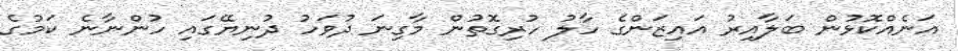
އަނެއްކޮޅުން ބަލާއިރު އައިޒަންގެ ހާލު ހުރިގޮތުން މާގިނަ ދުވަހު ދުނިޔޭގައި ހުންނާނެ ކަމުގެ